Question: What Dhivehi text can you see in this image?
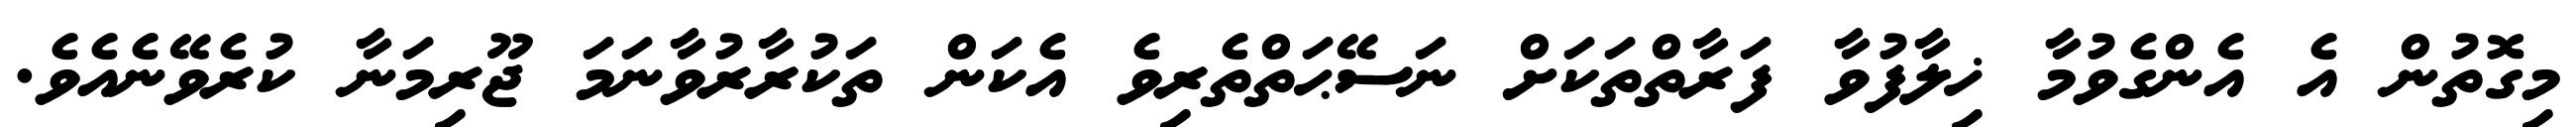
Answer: މިގޮތުން އެ އެންގެވުމާ ޚިލާފުވާ ފަރާތްތަކަށް ނަސޭޙަތްތެރިވެ އެކަން ތަކުރާރުވާނަމަ ޖޫރިމަނާ ކުރެވޭނެއެވެ.